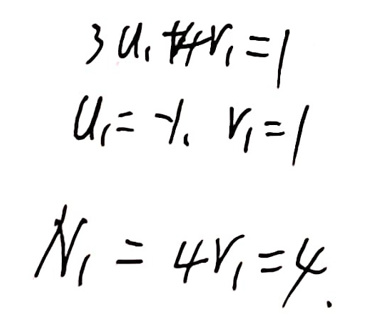
\[
\begin{align*}
3u_1 + r_1&=1\\
u_1&=-\frac{1}{3}, r_1 = 1\\
N_1&=4r_1 = 4
\end{align*}
\]